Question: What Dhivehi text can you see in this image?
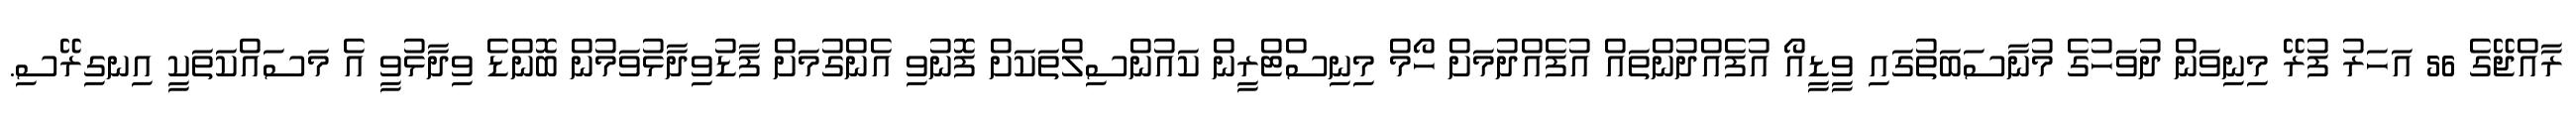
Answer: ރާއްޖޭގެ 56 އަހަރު ފުރޭ މިނިވަން ދުވަހުގެ މުނާސަބަތުގައި ވީޑީއޯ އުފެއްދުންތައް އުފެއްދުމަށް ހޯމް މިނިސްޓްރީން ކައުންސިލްތަކަށް ފޮނުވި އެންގުމަށް ފާޑުވިދާޅުވަމުން ބޮންޑެ ވިދާޅުވީ އެ މަސައްކަތަކީ އިނގިރޭސި.